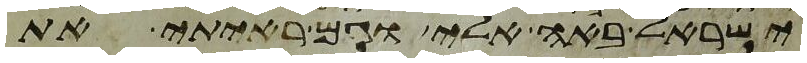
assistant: ישראל באה אלי וגם ראיתי את